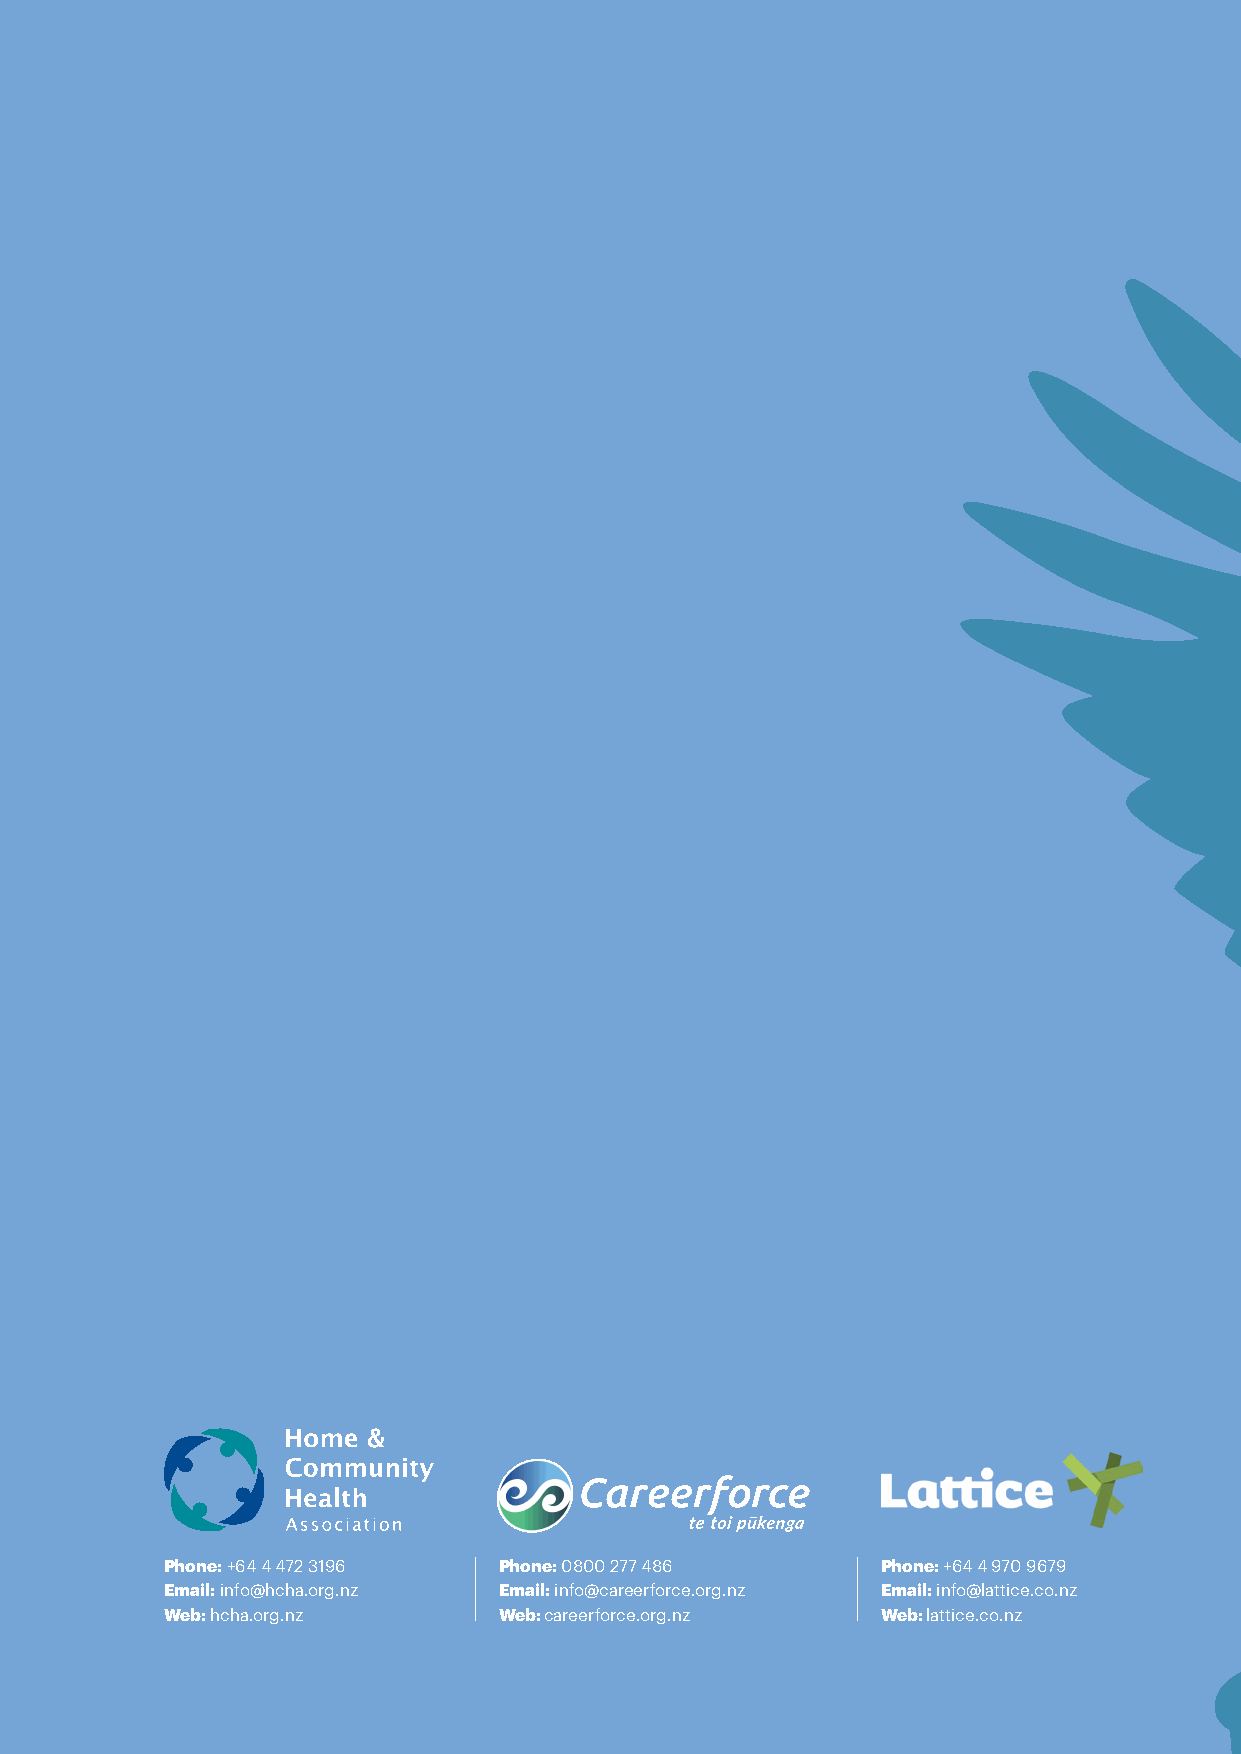
nursing
 educational      disability
 Phone: +64 4 472 3196 Phone: 0800 277 486      Phone: +64 4 970 9679
 Email: info@hcha.org.nz Email: info@careerforce.org.nz Email: info@lattice.co.nz
 Web: hcha.org.nz      Web: careerforce.org.nz  Web: lattice.co.nz